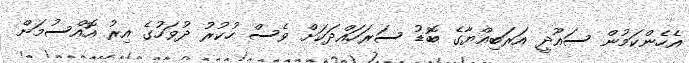
އެހެންކަމުން ސައޫދީ އަރަބިއްޔާގެ ބޮޑު ސަރަހައްދަކަށް ވެސް ހުކުރު ދުވަހުގެ އިރު އޮއްސުމަށް